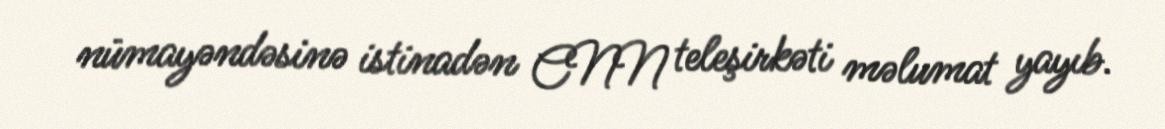
nümayəndəsinə istinadən CNN teleşirkəti məlumat yayıb.